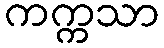
ကက္ကသာ